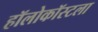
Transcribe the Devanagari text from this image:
हॉलोकॉस्टला